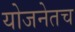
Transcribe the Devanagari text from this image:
योजनेतच